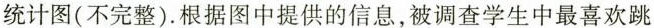
统计图(不完整).根据图中提供的信息，被调查学生中最喜欢跳